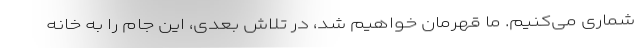
‌شماری می‌کنیم. ما قهرمان خواهیم شد، در تلاش بعدی، این جام را به خانه